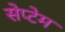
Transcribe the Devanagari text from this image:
सेप्टेम